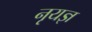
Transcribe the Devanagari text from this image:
नृयज्ञ